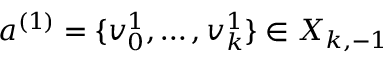
a ^ { ( 1 ) } = \{ v _ { 0 } ^ { 1 } , \ldots , v _ { k } ^ { 1 } \} \in X _ { k , - 1 }